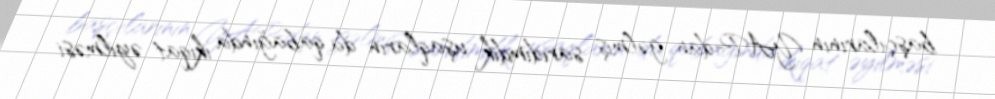
başçılarının YAP-dan gəlmiş sarıdimdik uşaqların da qabağında ikiqat əyilməsi